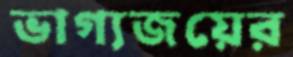
ভাগ্যজয়ের